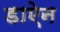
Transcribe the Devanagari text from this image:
डाऐन